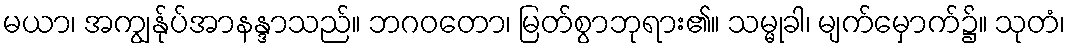
မယာ၊ အကျွန်ုပ်အာနန္ဒာသည်။ ဘဂဝတော၊ မြတ်စွာဘုရား၏။ သမ္မုခါ၊ မျက်မှောက်၌။ သုတံ၊